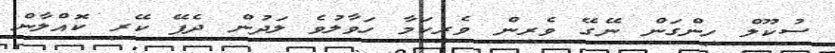
ސުކޫލް ހިންގަން ނޭގޭ ވެރިން ވެރިކަމާ ހަވާލުވެ ލަދުން ދެފޭ ކޭރި ކޮއްލާން